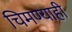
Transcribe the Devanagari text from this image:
चिमण्याही